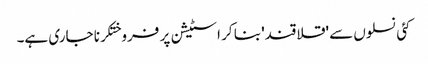
کئی نسلوں سے 'قلاقند' بنا کر اسٹیشن پر فروختکرنا جاری ہے۔